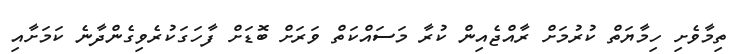
ތިމާވެށި ހިމާޔަތް ކުރުމަށް ރާއްޖެއިން ކުރާ މަސައްކަތް ވަރަށް ބޮޑަށް ފާހަގަކުރެވިގެންދާނެ ކަމަށާއި